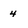
Character: 4